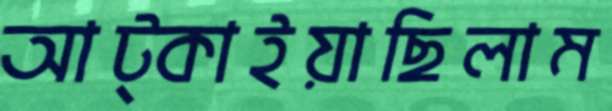
আট্‌কাইয়াছিলাম